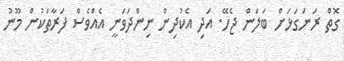
ގޮތް ރަނަގަޅަށް ބަލަން ޖެހޭ. އަދި އެކުދިން ނިންދަވަނީ އެއްވެސް ފަރާތަކުން މޫނު